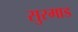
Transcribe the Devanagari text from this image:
सुरमाड